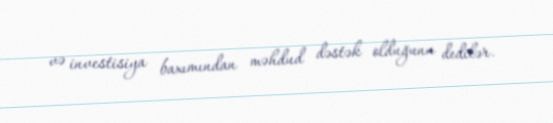
və investisiya baxımından məhdud dəstək olduğunu dedilər.